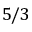
5 / 3